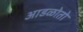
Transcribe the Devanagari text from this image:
आडळोतो